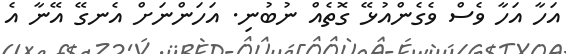
އަހާ އަހާ ވެސް ވެގެންއުޅޭ ގޮތެއް ނުބުނި. އަހަންނަށް އެނގޭ އޭނާ އެ